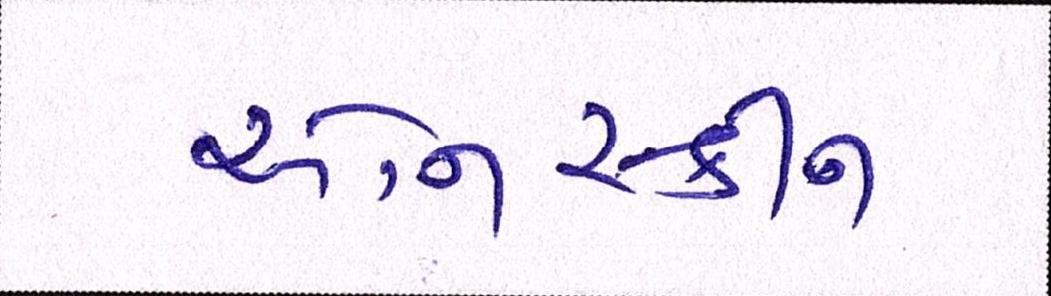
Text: ઓનસ્ક્રીન